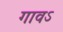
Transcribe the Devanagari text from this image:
गावऽ